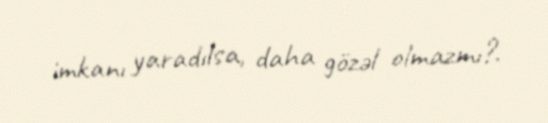
imkanı yaradılsa, daha gözəl olmazmı?.